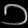
Digit: ၁